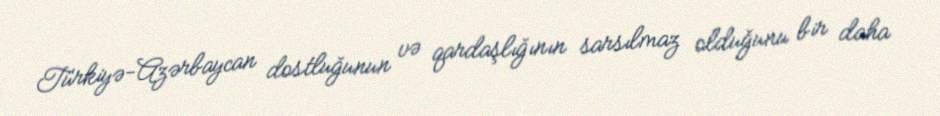
Türkiyə-Azərbaycan dostluğunun və qardaşlığının sarsılmaz olduğunu bir daha